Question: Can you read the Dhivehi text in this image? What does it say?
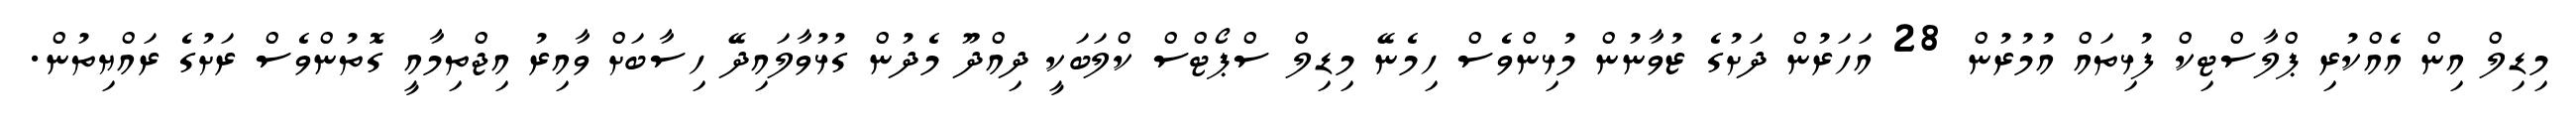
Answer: މިޑިލް އިން އެއްކުރި ޕްލާސްޓިކް ފުޅިތައް އުމުރުން 28 އަހަރުން ދަށުގެ ޒުވާނުން މުޅިންވެސް ހިމެނޭ މިޑިލް ސްޕޯޓްސް ކްލަބަކީ ދިއްދޫ މެދުން ގުޅުވާލައިދޭ ހިސާބަށް ވާއިރު އިޖްތިމާއީ ގޮތުންވެސް ރަށުގެ ރައްޔިތުން.